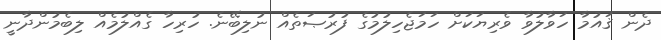
ދެން ޤައުމާ ހަވާލުވާ ވެރިޔަކަށް ހަމަޖެހިލުމުގެ ފުރުޞަތެއް ނުލިބޭނެ. ހުރިހާ ގެއްލުމެއް ލިބެމުންދާނީ